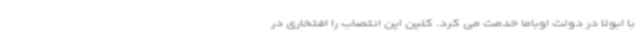
با ابولا در دولت اوباما خدمت می کرد. کلین این انتصاب را افتخاری در